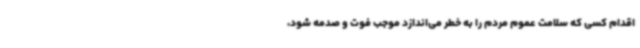
اقدام کسی که سلامت عموم مردم را به خطر می‌اندازد موجب فوت و صدمه شود،